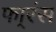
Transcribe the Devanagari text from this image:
फा्रंस